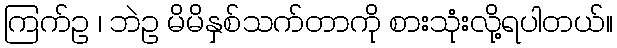
ကြက်ဥ ၊ ဘဲဥ မိမိနှစ်သက်တာကို စားသုံးလို့ရပါတယ်။